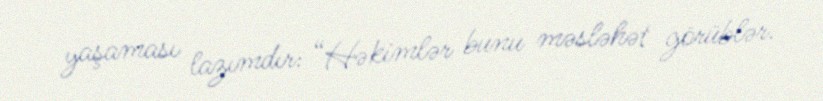
yaşaması lazımdır: “Həkimlər bunu məsləhət görüblər.